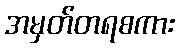
အမှတ်တရစကား